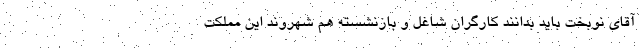
آقای نوبخت باید بدانند کارگران شاغل و بازنشسته هم شهروند این مملکت